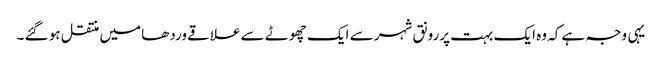
یہی وجہ ہے کہ وہ ایک بہت پررونق شہر سے ایک چھوٹے سے علاقے وردھا میں منتقل ہو گئے ۔